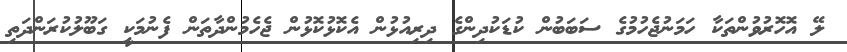
ލޭ އޮހޮރުވުންތަކާ ހަމަނުޖެހުމުގެ ސަބަބުން ކުޑަކުދިންގެ ދިރިއުޅުން އެކޮޅުކޮޅުން ޖެހެމުންދާތަން ފެނުމަކީ ގަބޫލުކުރަންދަތި